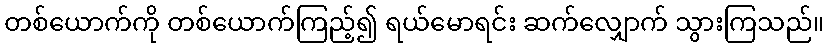
တစ်ယောက်ကို တစ်ယောက်ကြည့်၍ ရယ်မောရင်း ဆက်လျှောက် သွားကြသည်။